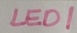
Text: LED1